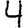
Digit: 4